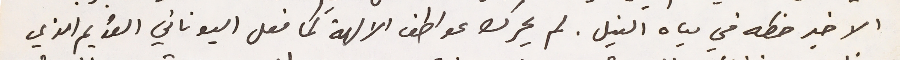
الاخير حظه في مياه النيل. لم يحرك عواطف الالهة كما فعل اليوناني القديم الذي